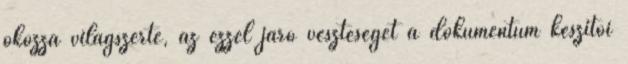
okozza világszerte, az ezzel járó veszteséget a dokumentum készítői